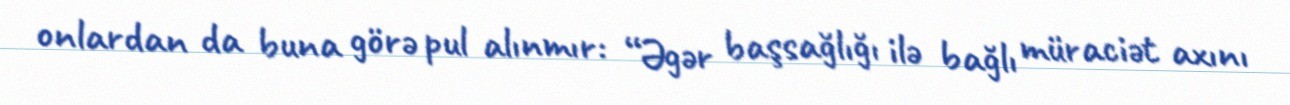
onlardan da buna görə pul alınmır: “Əgər başsağlığı ilə bağlı müraciət axını